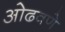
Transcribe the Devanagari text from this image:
ओढवणे